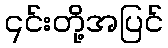
၎င်းတို့အပြင်